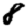
Digit: 8